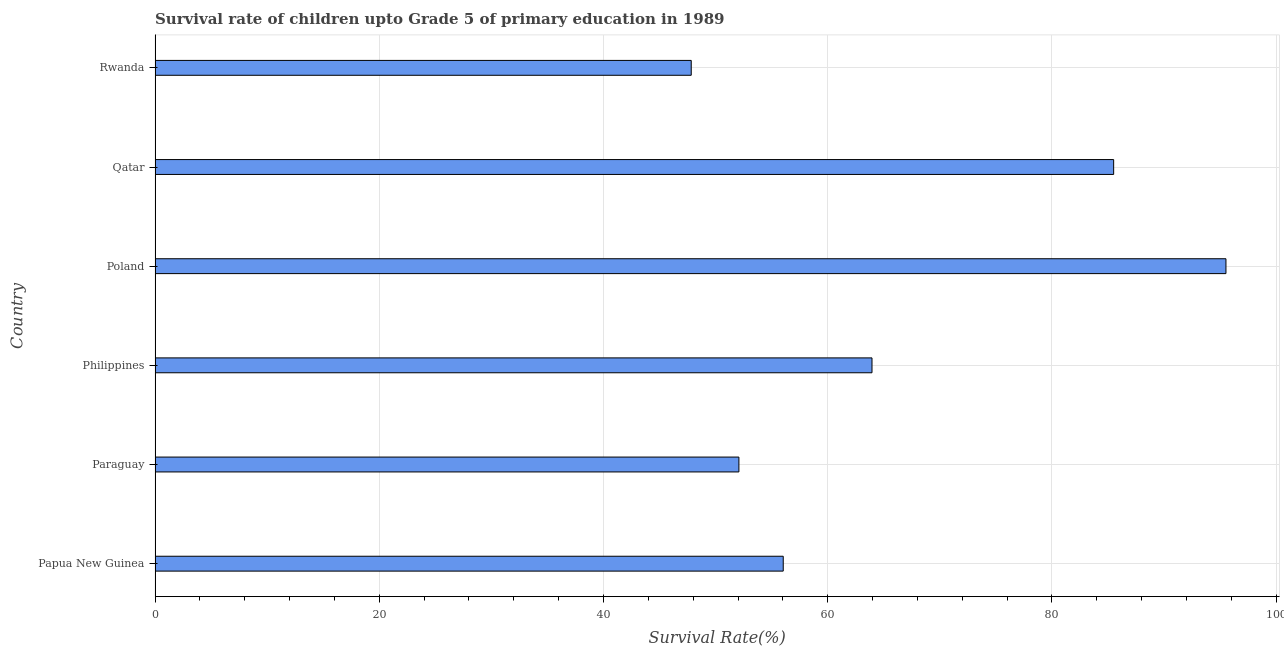
| Country | Survival rate |
 | --- | --- |
 | Papua New Guinea | 56 |
 | Paraguay | 52.1 |
 | Philippines | 64 |
 | Poland | 95.5 |
 | Qatar | 85.5 |
 | Rwanda | 47.8 |